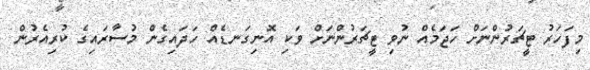
މިފަހަރު ޓީޗަރުންނަށް ހަޖަމެއް ނުވި ޓީޗަރުންނަށް ވަކި އޮނިގަނޑެއް ހަދައިގެން މުސާރައިގެ ކުރިއެރުން